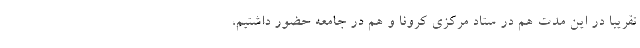
تقریباً در این مدت هم در ستاد مرکزی کرونا و هم در جامعه حضور داشتیم،